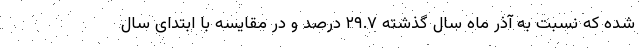
شده که نسبت به آذر ماه سال گذشته ۲۹.۷ درصد و در مقایسه با ابتدای سال